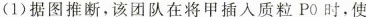
(1)据图推断，该团队在将甲插入质粒PO时，使